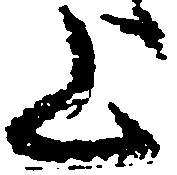
上